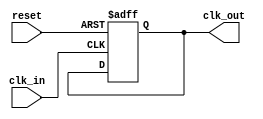
/* simple clock divider
   counts from zero to the given value, and then toggles clk_out
	 counts on positive edge of clk_in
	 reset is active-high
   because the output toggles at match, the frequency of clk_out is
     clk_in / ( CLK_DIV_COUNT * 2 ) */
module clock_divider #(
	parameter CLK_DIV_WIDTH = 8,
	parameter CLK_DIV_COUNT = 0
) (
	input reset,
	input clk_in,
	output reg clk_out
);
	reg [CLK_DIV_WIDTH - 1:0] clk_count;

	always @(posedge clk_in, posedge reset) begin
		if (reset) begin
			clk_out <= 1'b0;
			clk_count <= 'b0;
		end
		else begin
			if (clk_count == (CLK_DIV_COUNT - 1)) begin
				clk_out <= ~clk_out;
				clk_count <= 'b0;
			end
			else begin
				clk_count <= clk_count + 'd1;
			end
		end
	end

endmodule